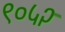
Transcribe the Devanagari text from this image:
९०५२